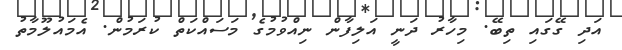
އަދި ގޭގައި ތިބޭ. މިހާރު ދަނީ އަލިފާން ނިއްވުމުގެ މަސައްކަތް ކުރަމުން. އެމައުލޫމާތު